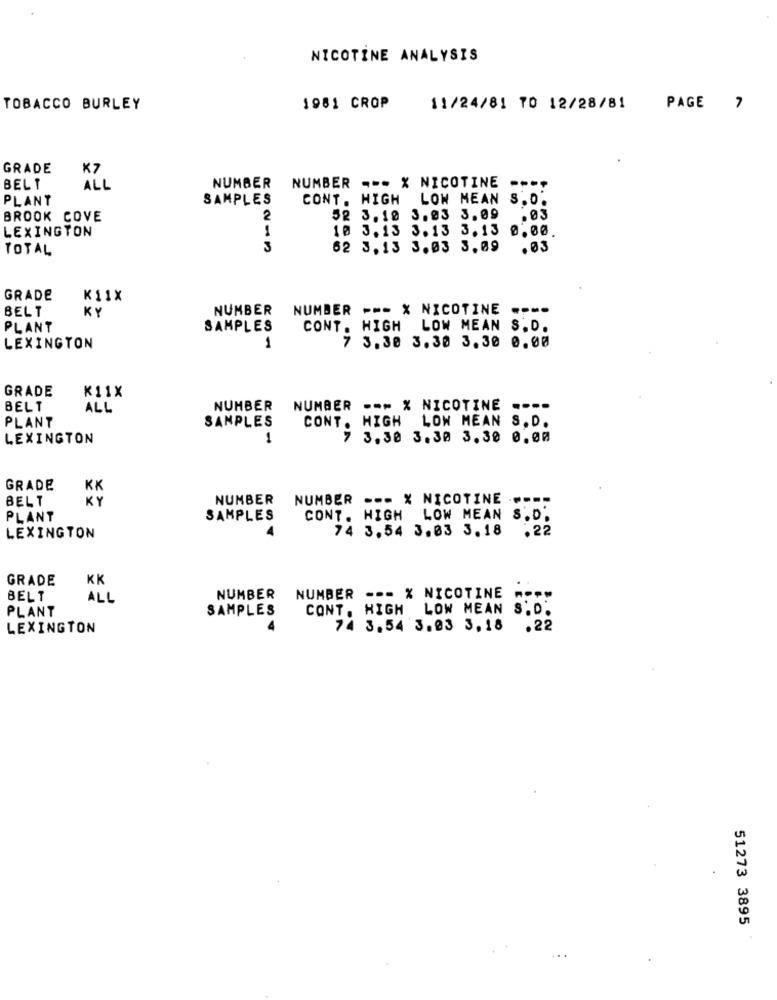
NICOTINE ANALYSIS
TOBACCO BURLEY
1981 CROP
11/24/81 TO 12/28/81
PAGE 7
GRADE
NUMBER --- X NICOTINE
----
BELT
ALL
NUMBER
PLANT
SAMPLES
CONT. HIGH LOW MEAN S.O.
BROOK COVE
2
52 3.10 3.03 3.09
.03
LEXINGTON
1
10 3.13 3.13 3.13 0.00.
TOTAL
3
62 3.13 3.03 3.09
.03
GRADE
K11X
BELT
KY
NUMBER
NUMBER --- X NICOTINE
---
PLANT
SAMPLES
CONT. HIGH LOW MEAN S.D.
3.30 3.30 3.30 0.00
LEXINGTON
1
GRADE
K11X
BELT
ALL
NUMBER
NUMBER --- X NICOTINE ...
SAMPLES
CONT. HIGH LOW MEAN S.D.
PLANT
LEXINGTON
1
7
3.30 3.30 3.30 0.00
GRADE
KK
BELT
KY
NUMBER
NUMBER .-- % NICOTINE -.
PLANT
SAMPLES
CONT. HIGH LOW MEAN S.D.
74 3.54 3.03 3.18 .22
LEXINGTON
GRADE
KK
BELT
ALL
NUMBER
NUMBER --- X NICOTINE
SAMPLES
CONT. HIGH LOW MEAN
S.D.
PLANT
LEXINGTON
74 3.54 3.03 3.18
.22
51273 3895